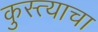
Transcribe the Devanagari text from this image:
कुस्त्याचा